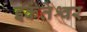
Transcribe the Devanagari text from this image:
इकंतेश्वर